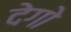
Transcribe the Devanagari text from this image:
देगो